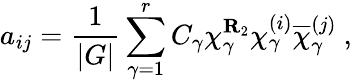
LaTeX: a_{ij}=\frac{1}{|G|}\sum_{\gamma=1}^{r}C_{\gamma}\chi_{\gamma}^{{\mathbf R_{2}}}\chi_{\gamma}^{(i)}\overline{{\chi}}_{\gamma}^{(j)}\ ,